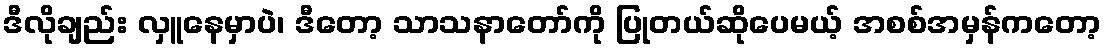
ဒီလိုချည်း လှူနေမှာပဲ၊ ဒီတော့ သာသနာတော်ကို ပြုတယ်ဆိုပေမယ့် အစစ်အမှန်ကတော့